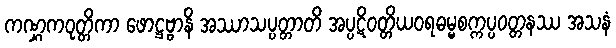
ကဏ္ဋကဝုတ္တိကာ ဖောဋ္ဌဗ္ဗာနိ အဿာသပ္ပတ္တာတိ အပ္ပဋိဝတ္တိယဝရဓမ္မစက္ကပ္ပဝတ္တနဿ အသနံ